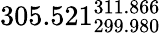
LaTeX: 305.521_{299.980}^{311.866}